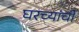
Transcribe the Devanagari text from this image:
घरच्यांची